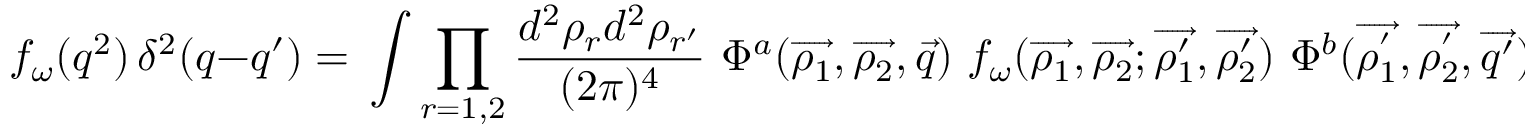
f _ { \omega } ( q ^ { 2 } ) \, \delta ^ { 2 } ( q - q ^ { \prime } ) = \, \int \prod _ { r = 1 , 2 } \frac { d ^ { 2 } \rho _ { r } d ^ { 2 } \rho _ { r ^ { \prime } } } { ( 2 \pi ) ^ { 4 } } \, \, \Phi ^ { a } ( \overrightarrow { \rho _ { 1 } } , \overrightarrow { \rho _ { 2 } } , \overrightarrow { q } ) \, \, f _ { \omega } ( \overrightarrow { \rho _ { 1 } } , \overrightarrow { \rho _ { 2 } } ; \overrightarrow { \rho _ { 1 } ^ { \prime } } , \overrightarrow { \rho _ { 2 } ^ { \prime } } ) \, \, \Phi ^ { b } ( \overrightarrow { \rho _ { 1 } ^ { ^ { \prime } } } , \overrightarrow { \rho _ { 2 } ^ { ^ { \prime } } } , \overrightarrow { q ^ { \prime } } ) \, .